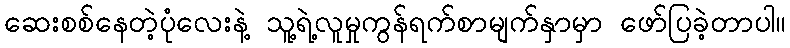
ဆေးစစ်နေတဲ့ပုံလေးနဲ့ သူ့ရဲ့လူမှုကွန်ရက်စာမျက်နှာမှာ ဖော်ပြခဲ့တာပါ။